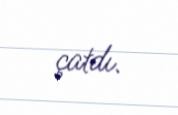
çatdı.